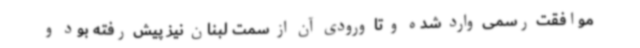
موافقت رسمی وارد شده و تا ورودی آن از سمت لبنان نیز پیش رفته بود و